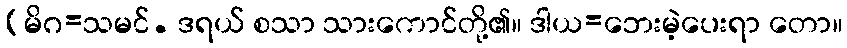
(မိဂ=သမင်. ဒရယ် စသာ သားကောင်တို့၏။ ဒါယ=ဘေးမဲ့ပေးရာ တော။